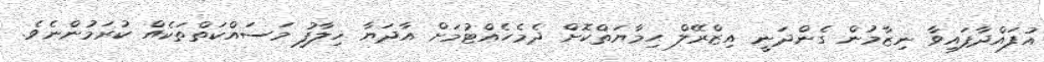
އުފައްދާފައިވާ ނިޒާމުން ގެންދަނީ އިޒްރޭލް ޙިމާޔަތްކޮށް ދެމެހެއްޓުމަށް އާދަޔާ ޚިލާފު މަސައްކަތްތަކެއް ކުރަމުންނެވެ.